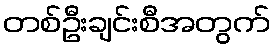
တစ်ဦးချင်းစီအတွက်